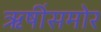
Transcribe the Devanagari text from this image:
ऋषींसमोर